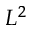
L ^ { 2 }